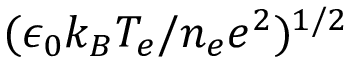
( \epsilon _ { 0 } k _ { B } T _ { e } / n _ { e } e ^ { 2 } ) ^ { 1 / 2 }